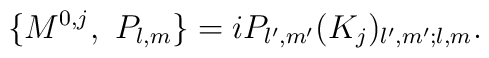
\{ M^{0,j},\ P_{l,m}\} = i P_{l^{\prime},m^{\prime}} (K_j)_{l^{\prime},m^{\prime};l,m}.